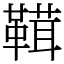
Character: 䩸